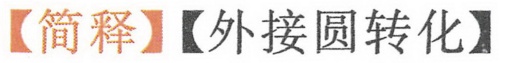
【简释】【外接圆转化】